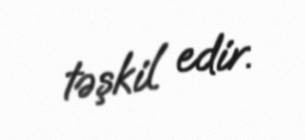
təşkil edir.